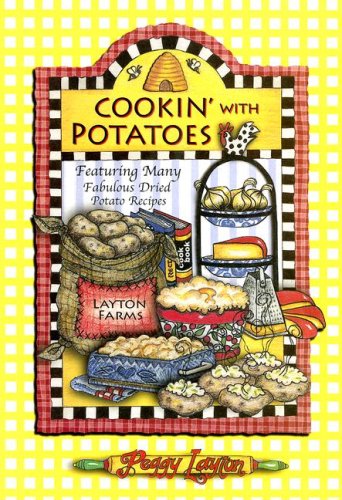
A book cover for Cookin' with Potatoes: Featuring Many Fabulous Dried Potato Recipes; Peggy Layton; Cookbooks, Food & Wine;